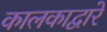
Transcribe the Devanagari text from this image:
कालकाद्वारे